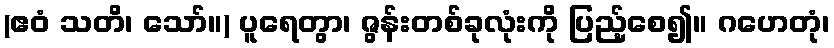
(ဧဝံ သတိ၊ သော်။) ပူရေတွာ၊ ဇွန်းတစ်ခုလုံးကို ပြည့်စေ၍။ ဂဟေတုံ၊